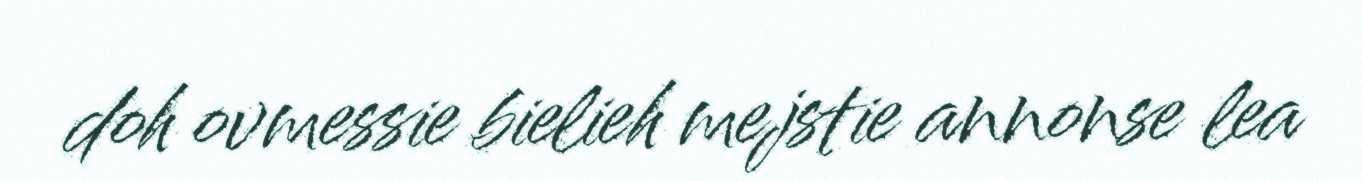
doh ovmessie bielieh mejstie annonse lea